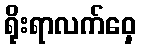
ရိုးရာလက်ဝှေ့